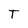
Character: T